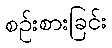
စဉ်းစားခြင်း